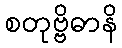
စတုဗ္ဗိဓာနိ